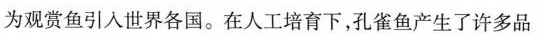
为观赏鱼引入世界各国。在人工培育下，孔雀鱼产生了许多品